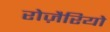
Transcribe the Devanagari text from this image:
रोज़ैरियो